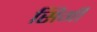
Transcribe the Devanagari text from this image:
सिगी